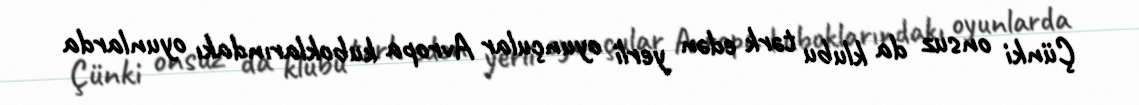
Çünki onsuz da klubu tərk edən yerli oyunçular Avropa kuboklarındakı oyunlarda